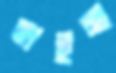
ছাইনা